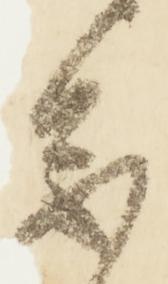
参